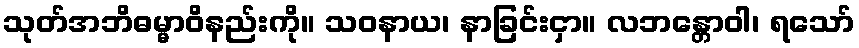
သုတ်အဘိဓမ္မာဝိနည်းကို။ သဝနာယ၊ နာခြင်းငှာ။ လဘန္တောဝါ၊ ရသော်